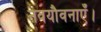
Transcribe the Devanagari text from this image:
नवयौवनाएँ।